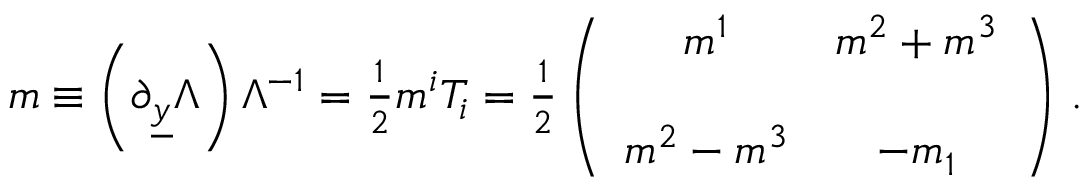
m \equiv \left( \partial _ { \underline { { { y } } } } \Lambda \right) \Lambda ^ { - 1 } = { \textstyle \frac { 1 } { 2 } } m ^ { i } T _ { i } = { \textstyle \frac { 1 } { 2 } } \left( \begin{array} { c c } { { m ^ { 1 } } } & { { m ^ { 2 } + m ^ { 3 } } } \\ { { } } & { { } } \\ { { m ^ { 2 } - m ^ { 3 } } } & { { - m _ { 1 } } } \end{array} \right) \, .